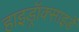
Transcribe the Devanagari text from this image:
हाइड्रॉक्साइडें